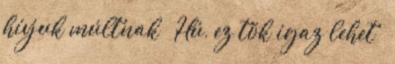
hívjuk múltnak ” Hú, ez tök igaz lehet –